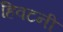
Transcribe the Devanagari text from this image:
हिवटनी